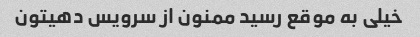
خیلى به موقع رسید ممنون از سرویس دهیتون